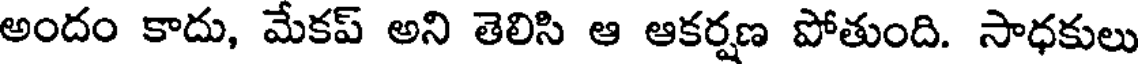
అందం కాదు, మేకప్ అని తెలిసి ఆ ఆకర్షణ పోతుంది. సాధకులు